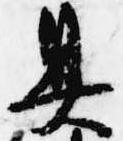
具